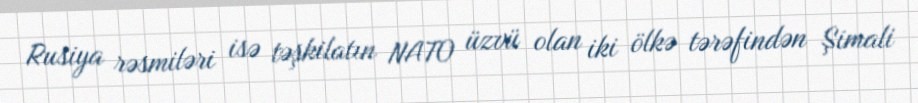
Rusiya rəsmiləri isə təşkilatın NATO üzvü olan iki ölkə tərəfindən Şimali